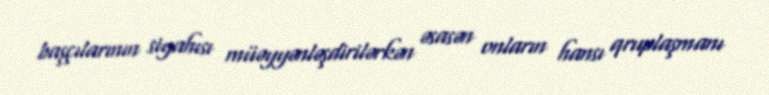
başçılarının siyahısı müəyyənləşdirilərkən əsasən onların hansı qruplaşmanı